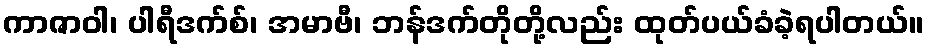
ကာဇာဝါ၊ ပါရီဒက်စ်၊ အမာဗီ၊ ဘန်ဒက်တိုတို့လည်း ထုတ်ပယ်ခံခဲ့ရပါတယ်။